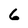
Character: 6